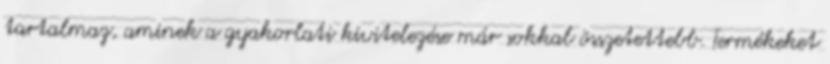
tartalmaz, aminek a gyakorlati kivitelezése már sokkal összetettebb. Termékeket